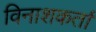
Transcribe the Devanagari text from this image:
विनाशकर्ता